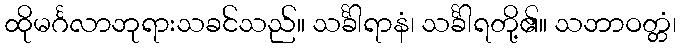
ထိုမင်္ဂလာဘုရားသခင်သည်။ သင်္ခါရာနံ၊ သင်္ခါရတို့၏။ သဘာဝတ္တံ၊